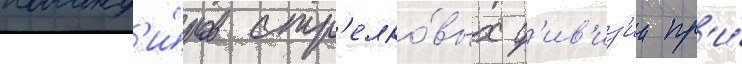
команд'и́ров стр'елко́вых д'ив'из'ии пр'и́